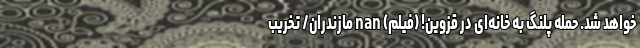
خواهد شد. حمله پلنگ به خانه‌ای در قزوین! (فیلم) nan مازندران/ تخریب